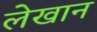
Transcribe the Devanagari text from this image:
लेखान